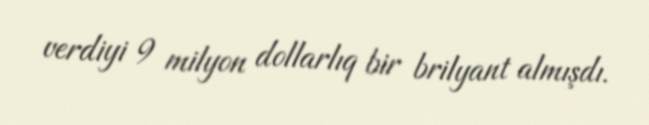
verdiyi 9 milyon dollarlıq bir brilyant almışdı.